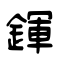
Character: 鍕